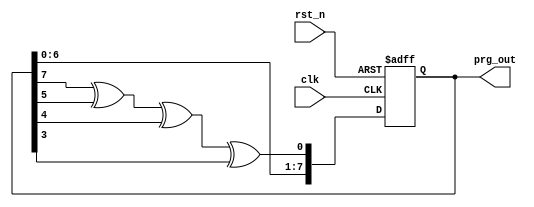
// The lfsr example
// Using polynomials with max-len lfsr value 
// f(x)=x^8+x^6+x^5+x^4=1

module lfsr
(
 input            clk,
 input            rst_n,
 output reg [7:0] prg_out 
 );

   wire           linear_feedback;
   
   assign linear_feedback = {((prg_out[7]^prg_out[5])^prg_out[4])^prg_out[3]};
   
   always@(posedge clk or negedge rst_n)
     begin
        if(!rst_n)
	        prg_out <= 8'hFC;
        else
          prg_out <= {prg_out[6:0],linear_feedback};
     end
   
endmodule